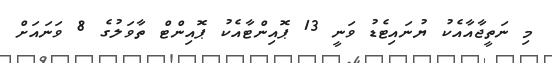
މި ނަތީޖާއާއެކު ޔުނައިޓެޑު ވަނީ 13 ޕޮއިންޓާއެކު ޕޮއިންޓް ތާވަލުގެ 8 ވަނައަށް